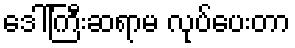
ဒေါ်ကြီးဆရာမ လုပ်ပေးတာ